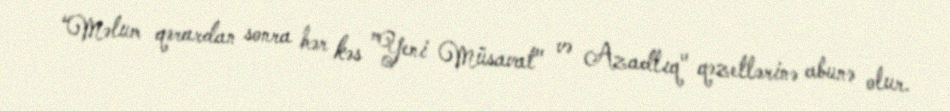
“Məlum qərardan sonra hər kəs ”Yeni Müsavat" və Azadlıq" qəzetlərinə abunə olur.